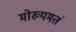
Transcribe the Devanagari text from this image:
मोख्यमतं